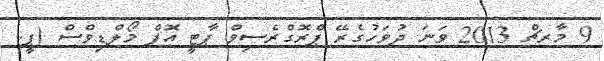
9 މާރޗް 2013 ވަނަ ދުވަހުގެރޭ ޕްރޮގްރެސިވް ޕާޓީ އޮފް މޯލްޑިވްސް (ޕީ.